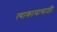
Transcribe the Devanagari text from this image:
त्याकामासाठी